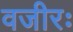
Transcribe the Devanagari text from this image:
वजीरः